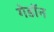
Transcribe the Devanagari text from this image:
गेडाॅन